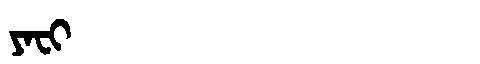
Manchu: ᠶᠠᠸᡳ
Romanization: YAFI